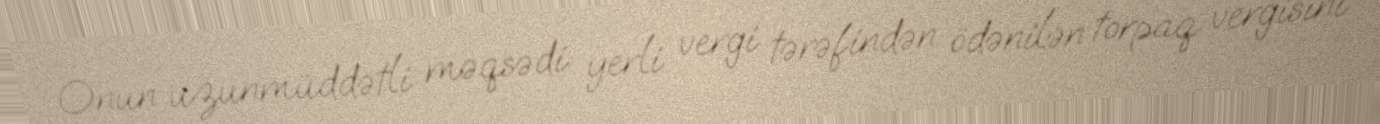
Onun uzunmüddətli məqsədi yerli vergi tərəfindən ödənilən torpaq vergisini